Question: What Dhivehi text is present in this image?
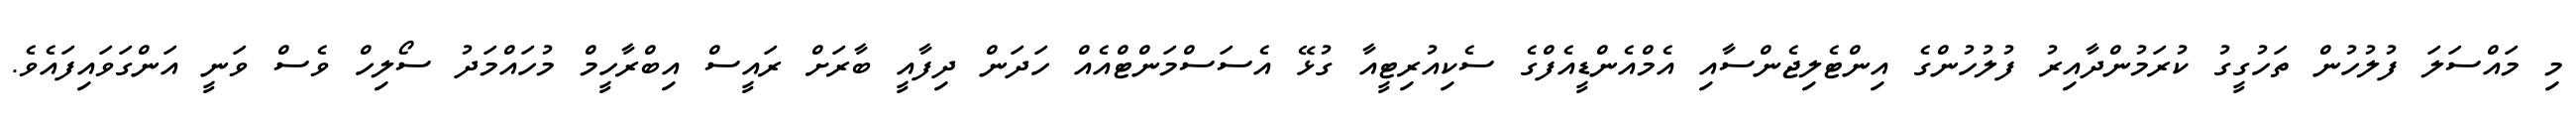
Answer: މި މައްސަލަ ފުލުހުން ތަހުގީގު ކުރަމުންދާއިރު ފުލުހުންގެ އިންޓެލިޖެންސާއި އެމްއެންޑީއެފްގެ ސެކިއުރިޓީއާ ގުޅޭ އެސަސްމަންޓްއެއް ހަދަން ދިފާއީ ބާރަށް ރައީސް އިބްރާހީމް މުހައްމަދު ސޯލިހް ވެސް ވަނީ އަންގަވައިފައެވެ.